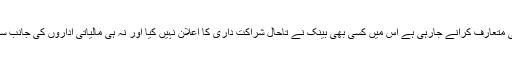
2020 میں فیس بک جو کرنسی متعارف کرانے جارہی ہے اس میں کسی بھی بینک نے تاحال شراکت داری کا اعلان نہیں کیا اور نہ ہی مالیاتی اداروں کی جانب سے کوئی ردعمل سامنے آیا ہے۔